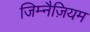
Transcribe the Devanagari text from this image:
जिम्नैज़ियम